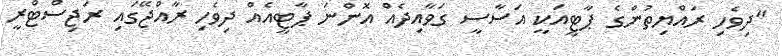
"ދިވެހި ރައްޔިތުންގެ ޕާޓީއަކީ އަސާސީ ގަވާއިދެއް އޮންނަ ޕާޓީއެއް ދިވެހި ރާއްޖޭގައި ރަޖިސްޓްރީ